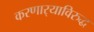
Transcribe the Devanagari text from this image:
करणार्‍याविरुद्ध